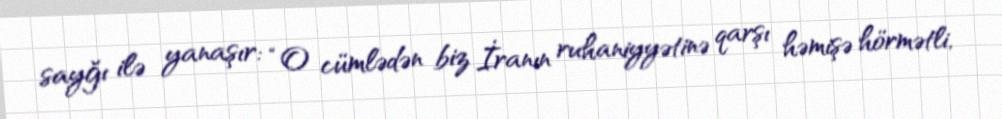
sayğı ilə yanaşır: “O cümlədən biz İranın ruhaniyyətinə qarşı həmişə hörmətli,